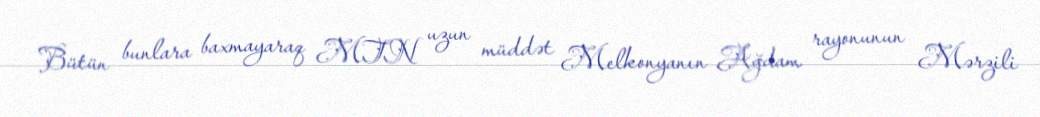
Bütün bunlara baxmayaraq MTN uzun müddət Melkonyanın Ağdam rayonunun Mərzili